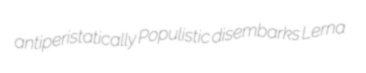
antiperistatically Populistic disembarks Lerna